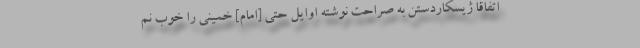
اتفاقا ژیسکاردستن به صراحت نوشته اوایل حتی [امام] خمینی را خوب نم